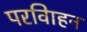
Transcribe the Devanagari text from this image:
परविाहन